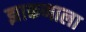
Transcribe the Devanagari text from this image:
झाकणाला